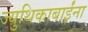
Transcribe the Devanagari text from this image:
ज्युथिकाबाईंना